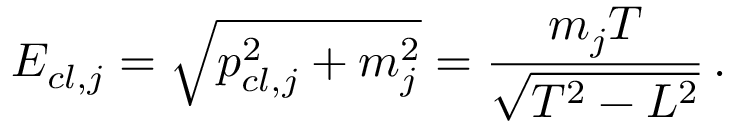
E _ { c l , j } = \sqrt { p _ { c l , j } ^ { 2 } + m _ { j } ^ { 2 } } = \frac { m _ { j } T } { \sqrt { T ^ { 2 } - L ^ { 2 } } } \, .